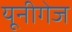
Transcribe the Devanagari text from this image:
यूनीगेज